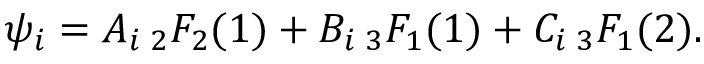
\psi _ { i } = A _ { i } \, { } _ { 2 } F _ { 2 } ( 1 ) + B _ { i } \, { } _ { 3 } F _ { 1 } ( 1 ) + C _ { i } \, { } _ { 3 } F _ { 1 } ( 2 ) .